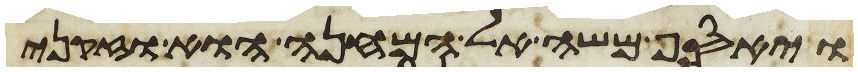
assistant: ויאסף משה אל המחנה הוא וזקני